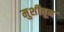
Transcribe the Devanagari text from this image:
मुशीतून